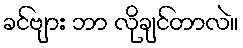
ခင်ဗျား ဘာ လိုချင်တာလဲ။